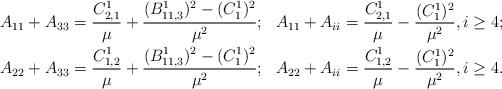
LaTeX: \begin{align*}A_{11}+A_{33}=\frac{C^1_{2,1}}{\mu}+\frac{(B^1_{11,3})^2-(C^1_1)^2}{\mu^2};~~A_{11}+A_{ii}=\frac{C^1_{2,1}}{\mu}-\frac{(C^1_1)^2}{\mu^2}, i\geq 4;\\A_{22}+A_{33}=\frac{C^1_{1,2}}{\mu}+\frac{(B^1_{11,3})^2-(C^1_1)^2}{\mu^2};~~A_{22}+A_{ii}=\frac{C^1_{1,2}}{\mu}-\frac{(C^1_1)^2}{\mu^2}, i\geq 4.\end{align*}